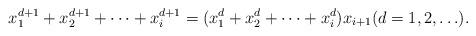
LaTeX: \begin{align*} x_1^{d+1} + x_2^{d+1} + \cdots + x_i^{d+1} = (x_1^d + x_2^d + \cdots + x_i^d )x_{i+1} (d=1,2,\ldots) .\end{align*}